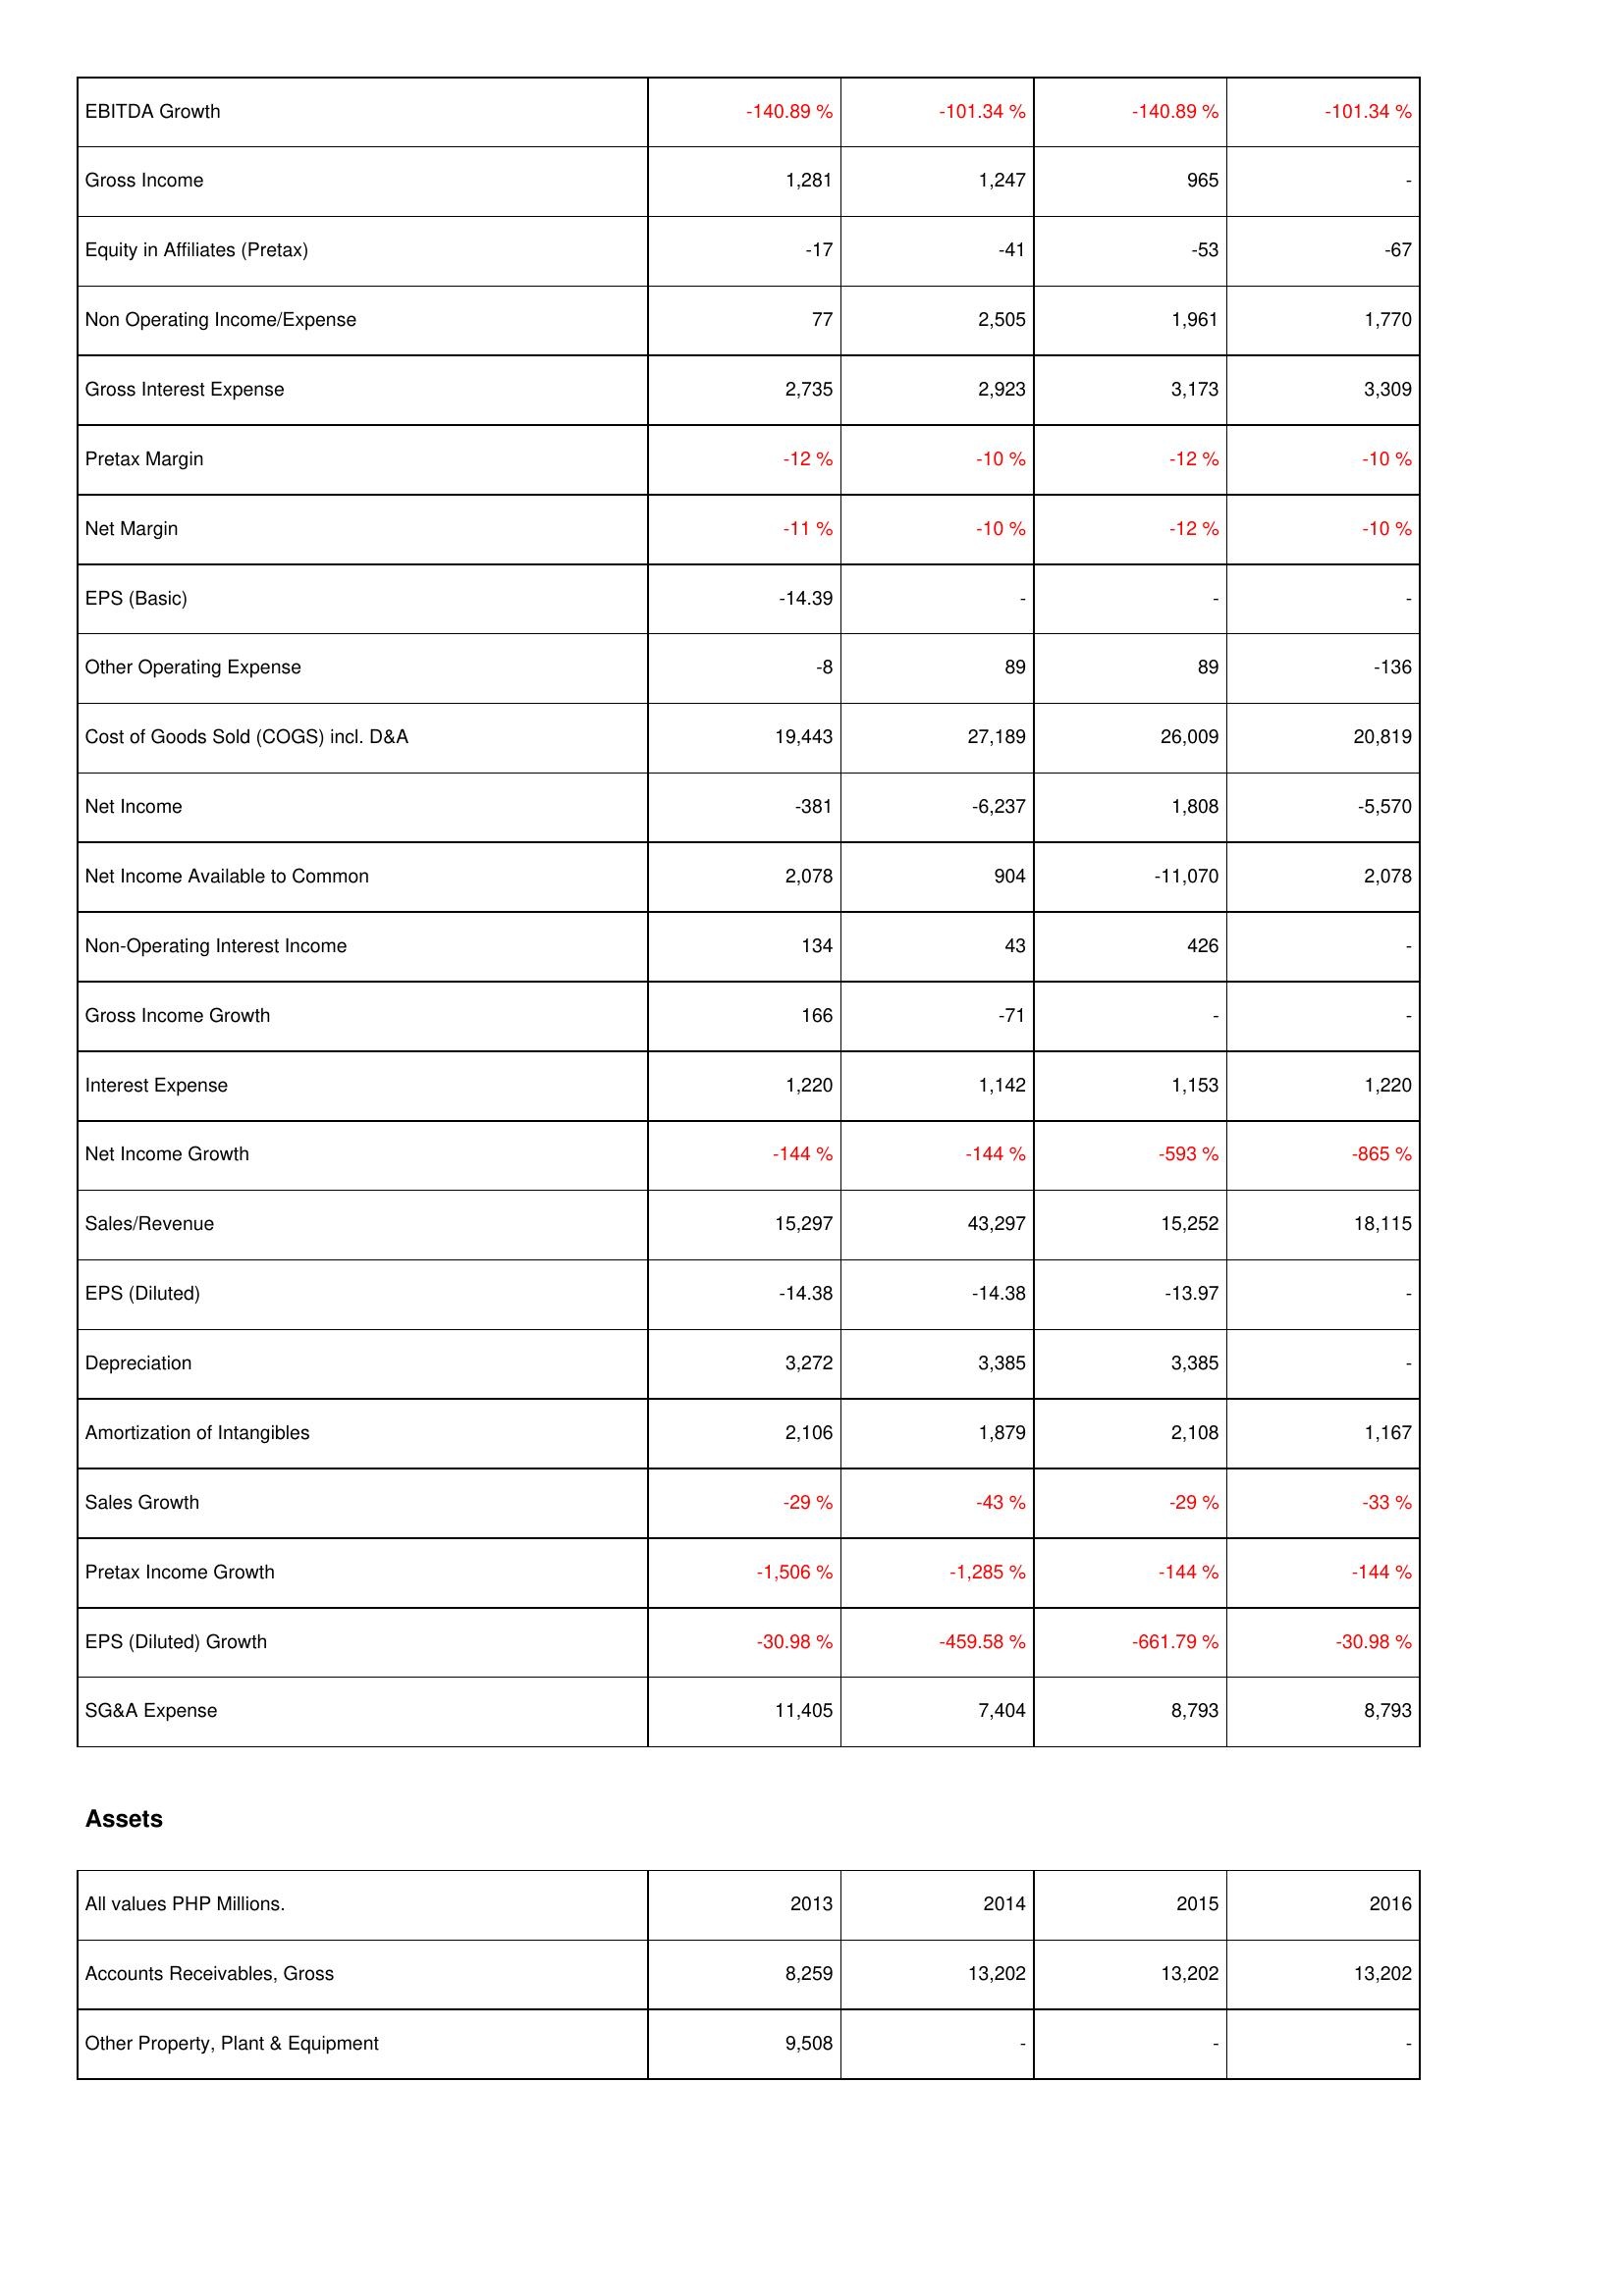
2013: Income Statement: EBITDA Growth: -140.89 %
Gross Income: 1,281
Equity in Affiliates (Pretax): -17
Non Operating Income/Expense: 77
Gross Interest Expense: 2,735
Pretax Margin: -12 %
Net Margin: -11 %
EPS (Basic): -14.39
Other Operating Expense: -8
Cost of Goods Sold (COGS) incl. D&A: 19,443
Net Income: -381
Net Income Available to Common: 2,078
Non-Operating Interest Income: 134
Gross Income Growth: 166
Interest Expense: 1,220
Net Income Growth: -144 %
Sales/Revenue: 15,297
EPS (Diluted): -14.38
Depreciation: 3,272
Amortization of Intangibles: 2,106
Sales Growth: -29 %
Pretax Income Growth: -1,506 %
EPS (Diluted) Growth: -30.98 %
SG&A Expense: 11,405
Assets: Accounts Receivables, Gross: 8,259
Other Property, Plant & Equipment: 9,508
2014: Income Statement: EBITDA Growth: -101.34 %
Gross Income: 1,247
Equity in Affiliates (Pretax): -41
Non Operating Income/Expense: 2,505
Gross Interest Expense: 2,923
Pretax Margin: -10 %
Net Margin: -10 %
EPS (Basic): -
Other Operating Expense: 89
Cost of Goods Sold (COGS) incl. D&A: 27,189
Net Income: -6,237
Net Income Available to Common: 904
Non-Operating Interest Income: 43
Gross Income Growth: -71
Interest Expense: 1,142
Net Income Growth: -144 %
Sales/Revenue: 43,297
EPS (Diluted): -14.38
Depreciation: 3,385
Amortization of Intangibles: 1,879
Sales Growth: -43 %
Pretax Income Growth: -1,285 %
EPS (Diluted) Growth: -459.58 %
SG&A Expense: 7,404
Assets: Accounts Receivables, Gross: 13,202
Other Property, Plant & Equipment: -
2015: Income Statement: EBITDA Growth: -140.89 %
Gross Income: 965
Equity in Affiliates (Pretax): -53
Non Operating Income/Expense: 1,961
Gross Interest Expense: 3,173
Pretax Margin: -12 %
Net Margin: -12 %
EPS (Basic): -
Other Operating Expense: 89
Cost of Goods Sold (COGS) incl. D&A: 26,009
Net Income: 1,808
Net Income Available to Common: -11,070
Non-Operating Interest Income: 426
Gross Income Growth: -
Interest Expense: 1,153
Net Income Growth: -593 %
Sales/Revenue: 15,252
EPS (Diluted): -13.97
Depreciation: 3,385
Amortization of Intangibles: 2,108
Sales Growth: -29 %
Pretax Income Growth: -144 %
EPS (Diluted) Growth: -661.79 %
SG&A Expense: 8,793
Assets: Accounts Receivables, Gross: 13,202
Other Property, Plant & Equipment: -
2016: Income Statement: EBITDA Growth: -101.34 %
Gross Income: -
Equity in Affiliates (Pretax): -67
Non Operating Income/Expense: 1,770
Gross Interest Expense: 3,309
Pretax Margin: -10 %
Net Margin: -10 %
EPS (Basic): -
Other Operating Expense: -136
Cost of Goods Sold (COGS) incl. D&A: 20,819
Net Income: -5,570
Net Income Available to Common: 2,078
Non-Operating Interest Income: -
Gross Income Growth: -
Interest Expense: 1,220
Net Income Growth: -865 %
Sales/Revenue: 18,115
EPS (Diluted): -
Depreciation: -
Amortization of Intangibles: 1,167
Sales Growth: -33 %
Pretax Income Growth: -144 %
EPS (Diluted) Growth: -30.98 %
SG&A Expense: 8,793
Assets: Accounts Receivables, Gross: 13,202
Other Property, Plant & Equipment: -